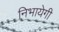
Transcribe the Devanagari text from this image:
निभायेगी